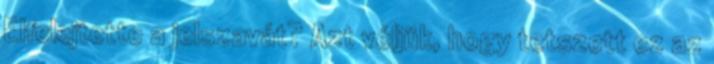
Elfelejtette a jelszavát? Azt véljük, hogy tetszett ez az